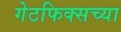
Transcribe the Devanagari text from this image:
गेटफिक्सच्या